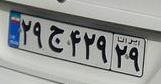
۲۹ج۴۲۹۲۹